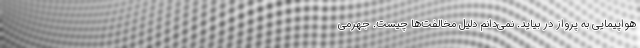
هواپیمایی به پرواز در بیاید. نمی‌دانم دلیل مخالفت‌ها چیست. جهرمی